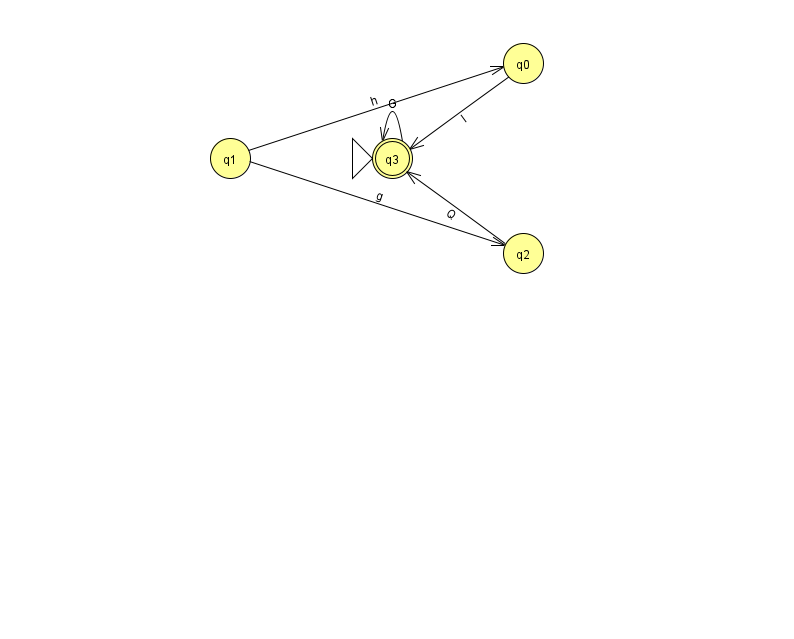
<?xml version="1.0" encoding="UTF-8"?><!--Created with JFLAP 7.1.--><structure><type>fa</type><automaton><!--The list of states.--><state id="0" name="q0"><x>523.0</x><y>50.0</y></state><state id="1" name="q1"><x>230.0</x><y>145.0</y></state><state id="2" name="q2"><x>523.0</x><y>240.0</y></state><state id="3" name="q3"><x>392.0</x><y>145.0</y><initial/><final/></state><!--The list of transitions.--><transition><from>1</from><to>2</to><read>g</read></transition><transition><from>1</from><to>0</to><read>h</read></transition><transition><from>3</from><to>3</to><read>G</read></transition><transition><from>2</from><to>3</to><read>Q</read></transition><transition><from>0</from><to>3</to><read>I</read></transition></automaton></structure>